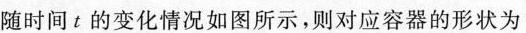
随时间t的变化情况如图所示，则对应容器的形状为